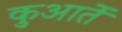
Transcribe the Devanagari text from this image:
कुआर्ते